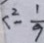
< ^ { 2 } - \frac { 1 } { 9 }